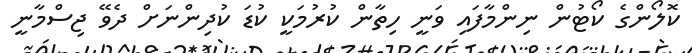
ކޮލޯންގެ ކޯޓުން ނިންމާފައި ވަނީ ހިތާން ކުރުމަކީ ކުޑަ ކުދިންނަށް ދެވޭ ޖިސްމާނީ